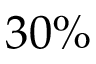
3 0 \%